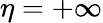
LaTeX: \eta=+\infty